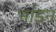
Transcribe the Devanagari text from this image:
भांडन